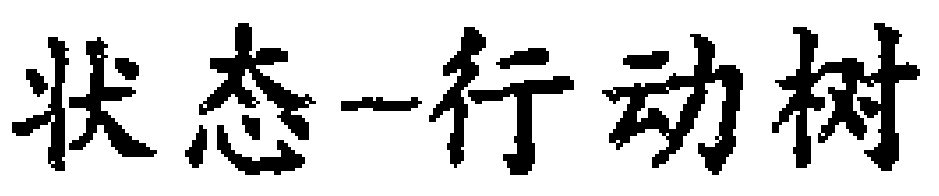
状态--行动树